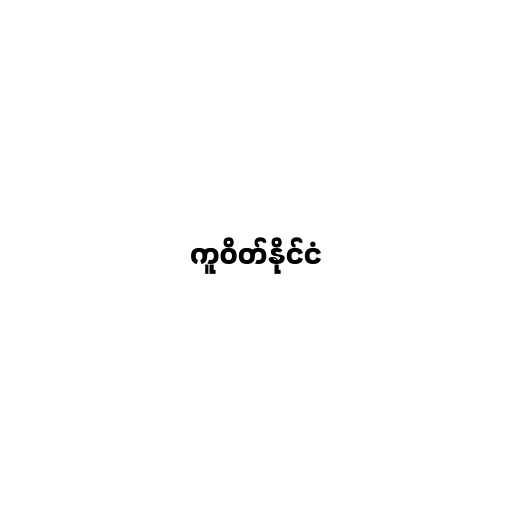
ကူဝိတ်နိုင်ငံ